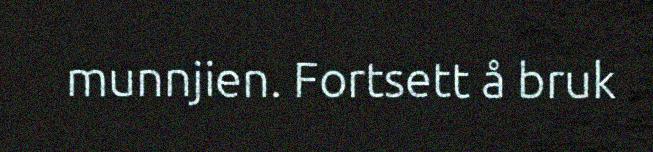
munnjien. Fortsett å bruk